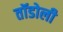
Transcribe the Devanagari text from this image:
तॉडोली